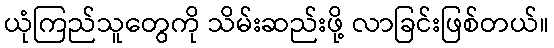
ယုံကြည်သူတွေကို သိမ်းဆည်းဖို့ လာခြင်းဖြစ်တယ်။